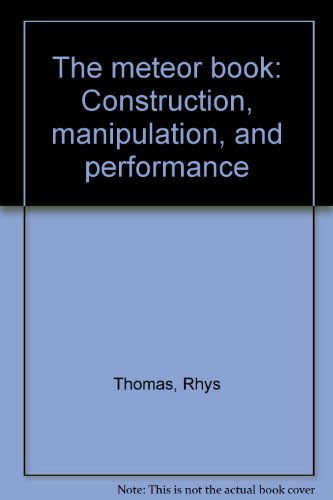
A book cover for The meteor book: Construction, manipulation, and performance; Rhys Thomas; Sports & Outdoors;